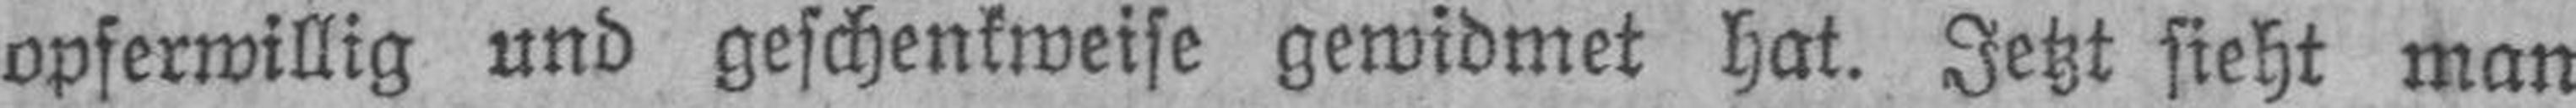
opferwillig und geschenkweise gewidmet hat. Jetzt steht man